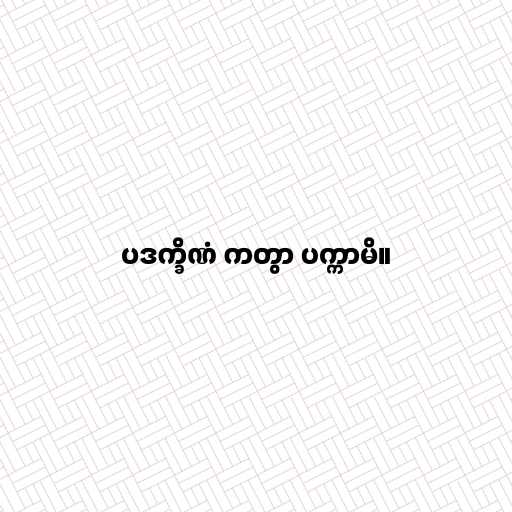
ပဒက္ခိဏံ ကတွာ ပက္ကာမိ။